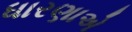
ધારણાએ